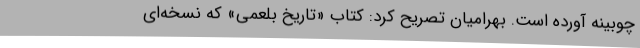
چوبینه آورده است. بهرامیان تصریح کرد: کتاب «تاریخ بلعمی» که نسخه‌ای